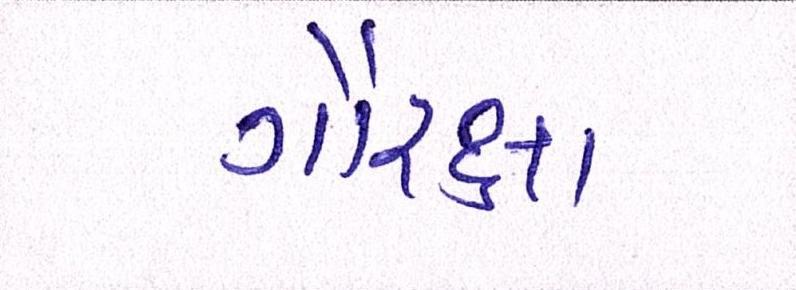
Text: ગૌરક્ષા